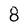
Character: 8